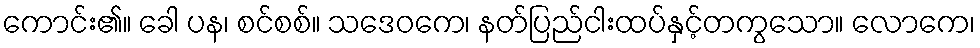
ကောင်း၏။ ခေါ ပန၊ စင်စစ်။ သဒေဝကေ၊ နတ်ပြည်ငါးထပ်နှင့်တကွသော။ လောကေ၊